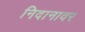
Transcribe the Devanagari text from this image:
निदानावर